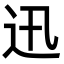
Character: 迅